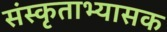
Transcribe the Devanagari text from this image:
संस्कृताभ्यासक